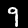
Label: 9